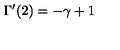
\Gamma ^ { \prime } ( 2 ) = - \gamma + 1